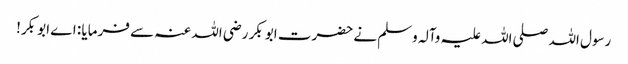
رسول اللہ صلی اللہ علیہ وآلہ وسلم نے حضرت ابو بکر رضی اللہ عنہ سے فرمایا : اے ابو بکر!